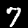
Digit: 7